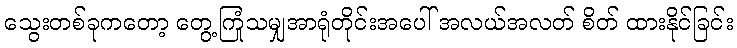
သွေးတစ်ခုကတော့ တွေ့ကြုံသမျှအာရုံတိုင်းအပေါ် အလယ်အလတ် စိတ် ထားနိုင်ခြင်း